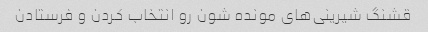
قشنگ شیرینی‌های مونده شون رو انتخاب کردن و فرستادن